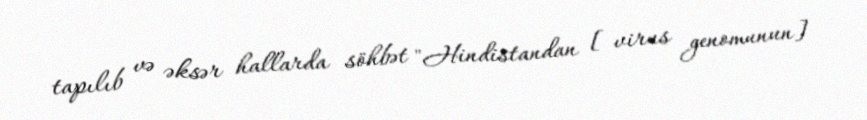
tapılıb və əksər hallarda söhbət "Hindistandan [virus genomunun]